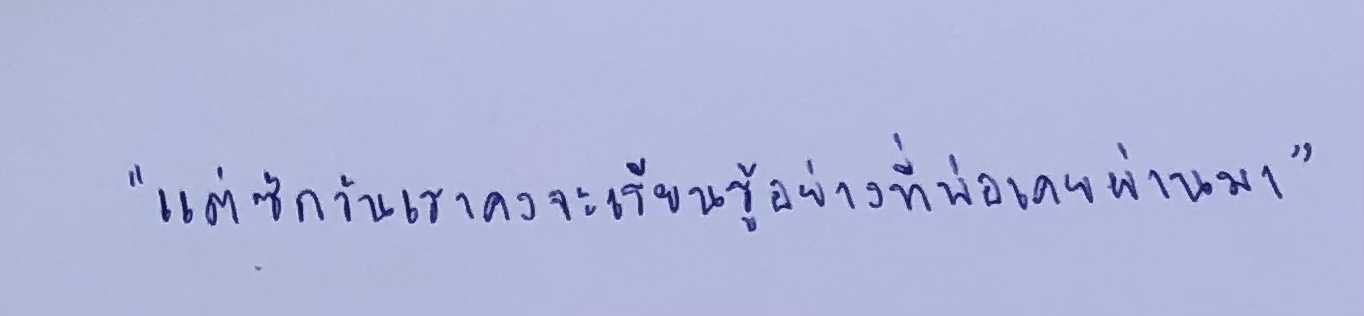
"แต่สักวันเราคงจะเรียนรู้อย่างที่พ่อเคยผ่านมา"